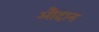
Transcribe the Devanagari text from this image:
औदान